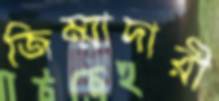
জিম্মাদারী